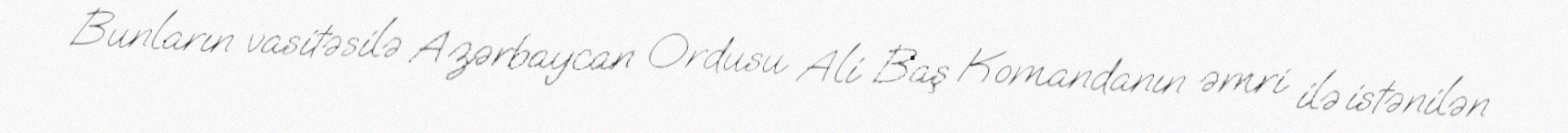
Bunların vasitəsilə Azərbaycan Ordusu Ali Baş Komandanın əmri ilə istənilən